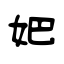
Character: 妑